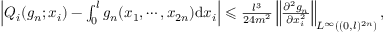
\begin{array} { r l } & { ~ ~ \left| Q _ { i } ( g _ { n } ; x _ { i } ) - \int _ { 0 } ^ { l } g _ { n } ( x _ { 1 } , \cdots , x _ { 2 n } ) \mathrm { d } x _ { i } \right| \leqslant \frac { l ^ { 3 } } { 2 4 m ^ { 2 } } \left\| \frac { \partial ^ { 2 } g _ { n } } { \partial x _ { i } ^ { 2 } } \right\| _ { L ^ { \infty } ( ( 0 , l ) ^ { 2 n } ) } , } \end{array}